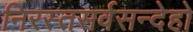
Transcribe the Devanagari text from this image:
निरस्तसर्वसन्देहो